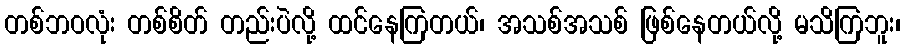
တစ်ဘဝလုံး တစ်စိတ် တည်းပဲလို့ ထင်နေကြတယ်၊ အသစ်အသစ် ဖြစ်နေတယ်လို့ မသိကြဘူး၊